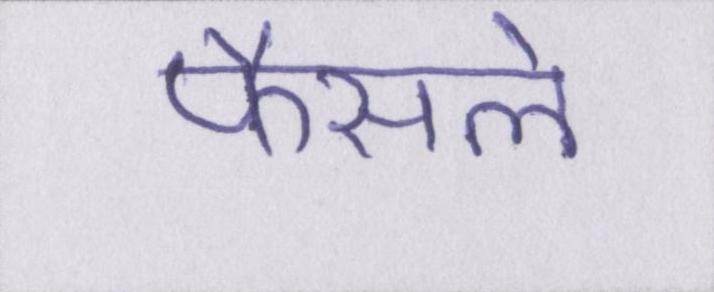
फैसले